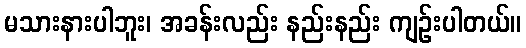
မသားနားပါဘူး၊ အခန်းလည်း နည်းနည်း ကျဉ်းပါတယ်။